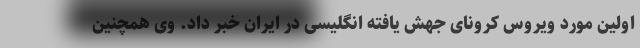
اولین مورد ویروس کرونای جهش یافته انگلیسی در ایران خبر داد. وی همچنین